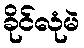
ခိုင်လုံမဲ